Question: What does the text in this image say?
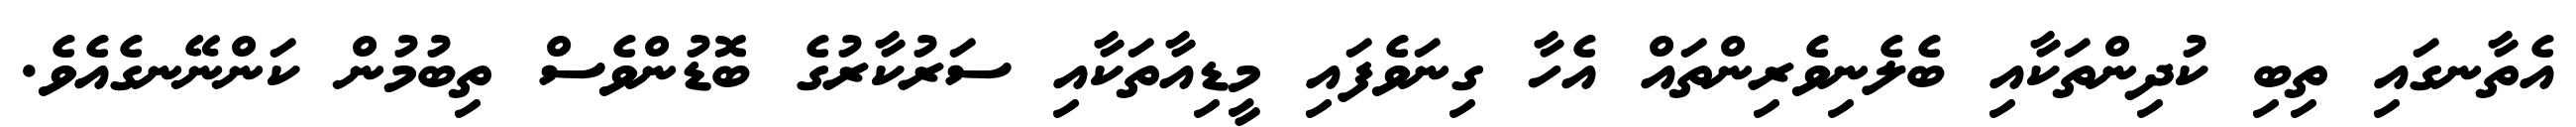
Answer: އެތާނގައި ތިބި ކުދިންތަކާއި ބެލެނިވެރިންތައް އެހާ ގިނަވެފައި މީޑިއާތަކާއި ސަރުކާރުގެ ބޮޑުންވެސް ތިބުމުން ކަންނޭނގެއެވެ.